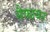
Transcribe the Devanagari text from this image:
सैफायर